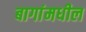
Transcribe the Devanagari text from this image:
बागांमधील